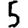
Digit: 5